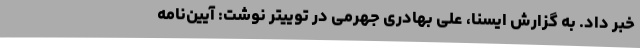
خبر داد. به گزارش ایسنا، علی بهادری جهرمی در توییتر نوشت: آیین‌نامه